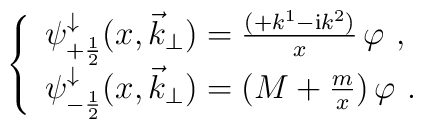
\left\{ \begin{array}{l}\psi^{\downarrow}_{+\frac{1}{2}} (x,{\vec k}_{\perp})=\frac{(+k^1-{\mathrm i} k^2)}{x }\,\varphi \ ,\\\psi^{\downarrow}_{-\frac{1}{2}} (x,{\vec k}_{\perp})=(M+\frac{m}{x})\,\varphi \ .\end{array}\right.